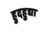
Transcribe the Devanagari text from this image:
हुदहुद्या